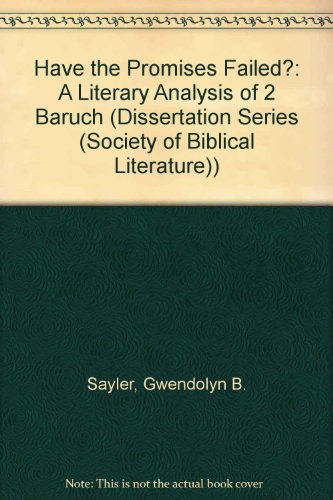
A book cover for Have the Promises Failed?: A Literary Analysis of 2 Baruch (SBL Dissertation Series 72); Gwendolyn B. Sayler; Christian Books & Bibles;